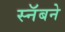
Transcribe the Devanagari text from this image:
स्नॅबने